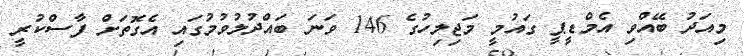
މިއަދު ބޭއްވި އެމްޑީޕީ ގައުމީ މަޖިލިހުގެ 146 ވަނަ ބައްދުލުވުމުގައި އެގޮތަށް ފާސްކުރީ